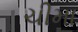
ચીમા